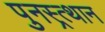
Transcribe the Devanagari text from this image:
पुनस्र्त्थान